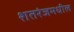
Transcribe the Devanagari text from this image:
शतरंजमधील